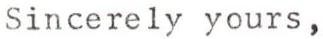
Sincerely yours,